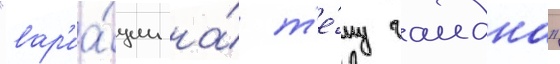
"вар'иа́ции на́ т'е́му гаидна"